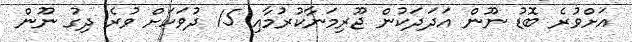
އަށްވުރެ ބޮޑު ނޫން އަދަދަކުން ޖޫރިމަނާކުރުމާއި 15 ދުވަހަށް ވުރެ ދިގު ނޫން